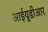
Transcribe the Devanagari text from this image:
आईयूडीआर